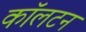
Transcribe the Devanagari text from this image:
काॅलटन